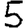
Digit: 5